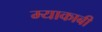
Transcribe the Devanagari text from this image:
म्याकाबी